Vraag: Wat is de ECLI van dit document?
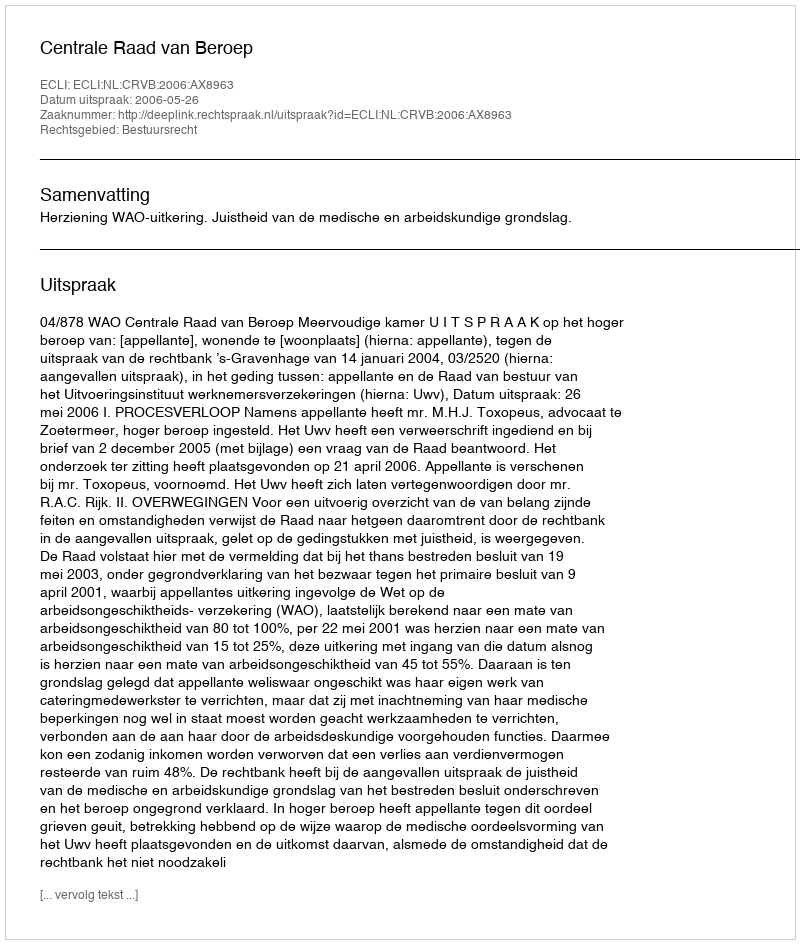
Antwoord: ECLI:NL:CRVB:2006:AX8963